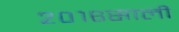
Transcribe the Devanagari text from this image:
२०१६साली